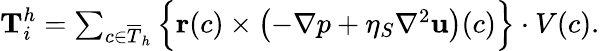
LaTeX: \begin{array}{r}{\textbf{T}_{i}^{h}=\sum_{c\in\overline{{T}}_{h}}\Big\{ \textbf{r}(c)\times\left(-\nabla p+\eta_{S}\nabla^{2}\textbf{u}\right)(c)\Big\} \cdot V(c).}\end{array}